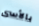
بالأسى